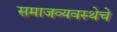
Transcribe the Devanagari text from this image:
समाजव्‍यवस्‍थेचे